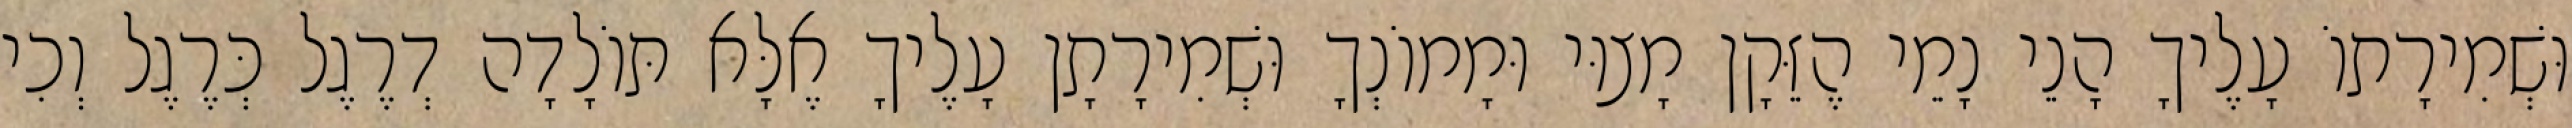
וּשְׁמִירָתוֹ עָלֶיךָ הָנֵי נָמֵי הֶזֵּקָן מָצוּי וּמָמוֹנְךָ וּשְׁמִירָתָן עָלֶיךָ אֶלָּא תּוֹלָדָה דְרֶגֶל כְּרֶגֶל וְכִי